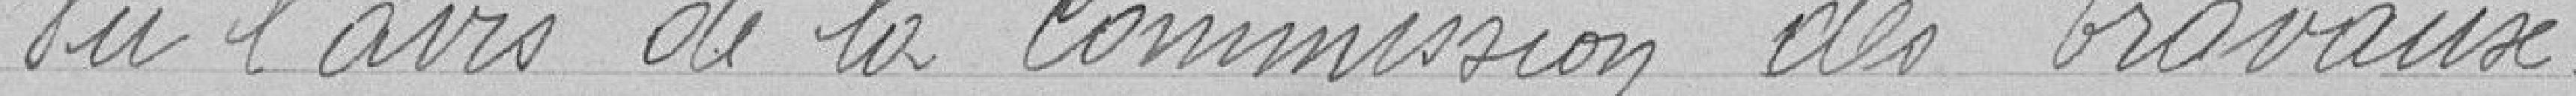
Vu l'avis de la Commission des Travaux.